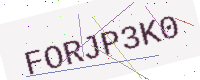
Text: FORJP3K0